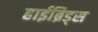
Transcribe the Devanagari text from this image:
हाईब्रिड्स